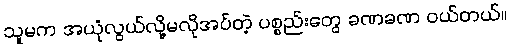
သူမက အယုံလွယ်လို့မလိုအပ်တဲ့ ပစ္စည်းတွေ ခဏခဏ ဝယ်တယ်။